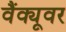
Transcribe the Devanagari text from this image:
वैंक्यूवर